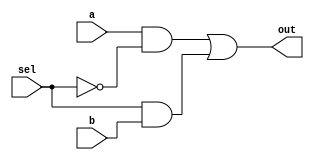
/* mdulo Mux */

`ifndef _MUX_
`define _MUX_

module Mux(out, a, b, sel);
    input a, b, sel;
    wire  not_sel, a1, b1;
    output out;

    not not0(not_sel, sel);
    and and0(a1, a, not_sel);
    and and1(b1, sel, b);
    or  or0(out, a1, b1);

endmodule

`endif